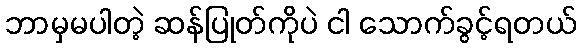
ဘာမှမပါတဲ့ ဆန်ပြုတ်ကိုပဲ ငါ သောက်ခွင့်ရတယ်